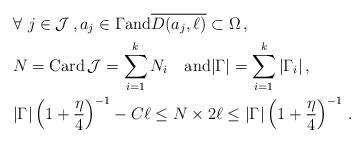
LaTeX: \begin{align*}&\forall~j\in\mathcal J\,,a_j\in\Gamma{\rm and}\overline{D(a_j,\ell)}\subset\Omega\,,\\&N={\rm Card}\,\mathcal J=\sum_{i=1}^kN_i\quad{\rm and}|\Gamma|=\sum_{i=1}^k|\Gamma_i|\,,\\&|\Gamma|\left(1+\frac{\eta}4\right)^{-1}-C\ell\leq N\times 2\ell\leq |\Gamma|\left(1+\frac{\eta}4\right)^{-1}\,.\end{align*}